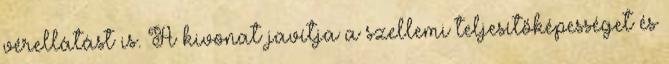
vérellátást is. A kivonat javítja a szellemi teljesítőképességet és